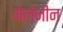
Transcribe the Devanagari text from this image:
मेलॅनीन